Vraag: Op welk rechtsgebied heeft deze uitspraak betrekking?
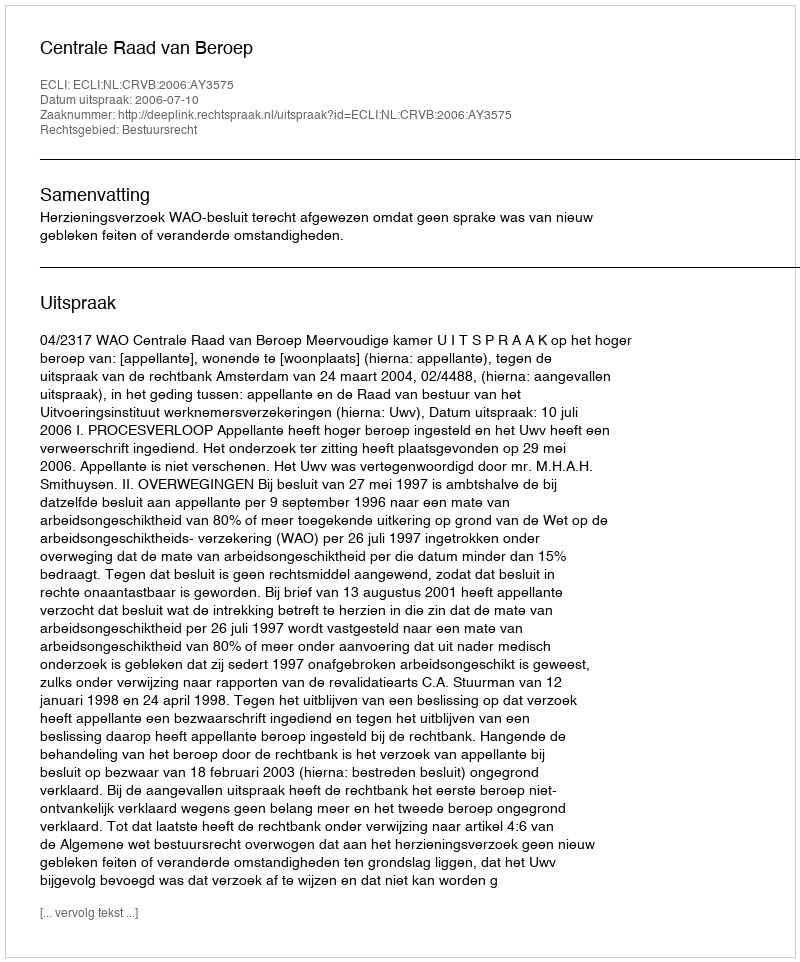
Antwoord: Bestuursrecht